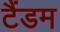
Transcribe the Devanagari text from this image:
टैंडम